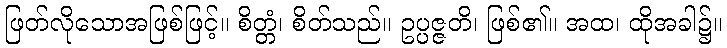
ဖြတ်လိုသောအဖြစ်ဖြင့်။ စိတ္တံ၊ စိတ်သည်။ ဥပ္ပဇ္ဇတိ၊ ဖြစ်၏။ အထ၊ ထိုအခါ၌။